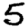
Digit: 5